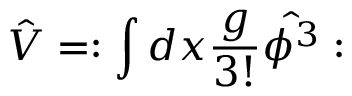
\hat { V } = : \int d x \frac { g } { 3 ! } \hat { \phi ^ { 3 } } :